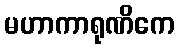
မဟာကာရုဏိကေ